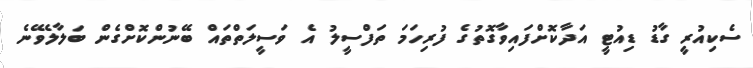
ސެކިއުރިީ ގާޑު ޑިއުޓީ އަދާކޮށްފައިވާގޮތުގެ ފުރިހަމަ ތަފްސީލު އެ ވަސީލަތްތައް ބޭނުންކޮށްގެން ބަލާލެވޭނެ